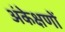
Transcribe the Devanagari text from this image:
अंकेक्षणों